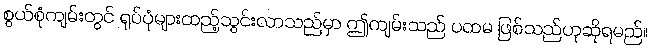
စွယ်စုံကျမ်းတွင် ရုပ်ပုံများထည့်သွင်းလာသည်မှာ ဤကျမ်းသည် ပထမ ဖြစ်သည်ဟုဆိုရမည်။